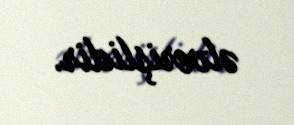
əlverişlidir.